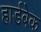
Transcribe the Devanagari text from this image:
हार्डबेक